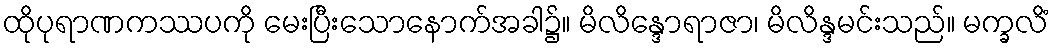
ထိုပုရာဏကဿပကို မေးပြီးသောနောက်အခါ၌။ မိလိန္ဒောရာဇာ၊ မိလိန္ဒမင်းသည်။ မက္ခလိံ